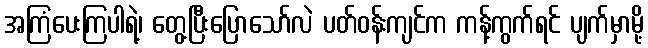
အကြံပေးကြပါရဲ့၊ တွေ့ပြီးပြောသော်လဲ ပတ်ဝန်းကျင်က ကန့်ကွက်ရင် ပျက်မှာမို့